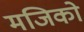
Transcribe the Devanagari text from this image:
मजिको